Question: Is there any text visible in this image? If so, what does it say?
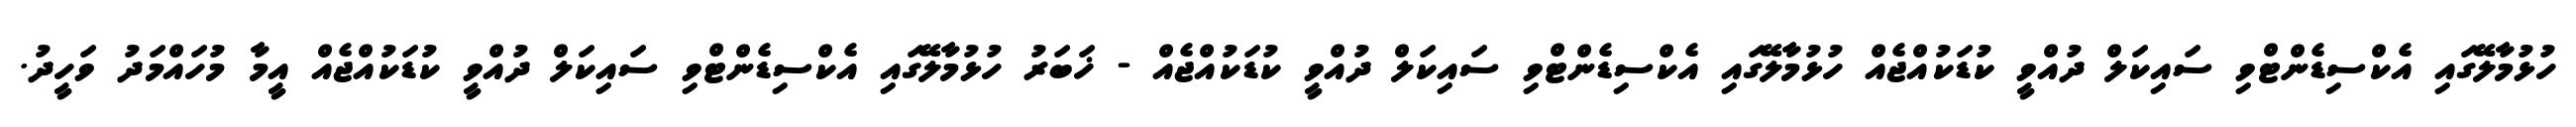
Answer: ހުޅުމާލޭގައި އެކްސިޑެންޓްވި ސައިކަލް ދުއްވީ ކުޑަކުއްޖެއް ހުޅުމާލޭގައި އެކްސިޑެންޓްވި ސައިކަލް ދުއްވީ ކުޑަކުއްޖެއް - ޚަބަރު ހުޅުމާލޭގައި އެކްސިޑެންޓްވި ސައިކަލް ދުއްވީ ކުޑަކުއްޖެއް އީމާ މުހައްމަދު ވަހީދު.